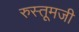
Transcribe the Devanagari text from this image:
रुस्तूमजी